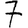
Digit: 7